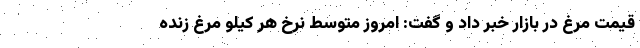
قیمت مرغ در بازار خبر داد و گفت: امروز متوسط نرخ هر کیلو مرغ زنده